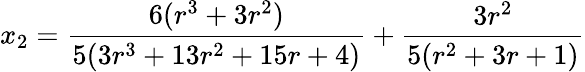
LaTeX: x_{2}=\frac{6(r^{3}+3r^{2})}{5(3r^{3}+13r^{2}+15r+4)}+\frac{3r^{2}}{5(r^{2}+3r+1)}